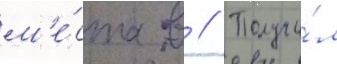
м'е́ста в // Получи́л